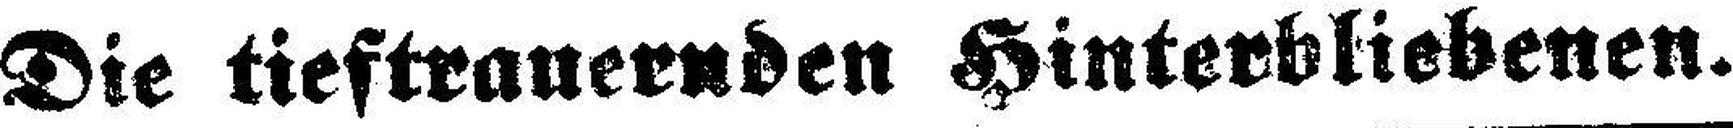
Die tieftrauernden Hinterbliebenen.